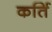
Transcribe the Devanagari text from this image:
कर्ति